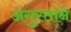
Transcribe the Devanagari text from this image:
अंगुस्ताने